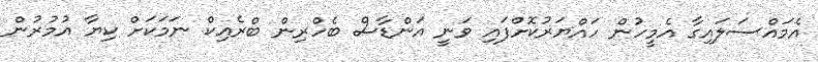
އެމައްސަލައިގާ އެމީހުން ހައްޔަރުކޮށްފައި ވަނީ އަންޑާސް ބެހްރިން ބްރެއިކް ނަމަކަށް ކިޔާ އުމުރުން